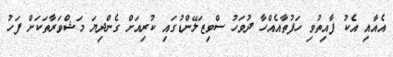
އެއާއި އެކު ފާއިތުވި ހަފުތާއެއްހާ ދުވަހު ސްވިޒަލޭންޑުގައި ކުރިއަށް ގެންދިޔަ މަޝްވަރާތަކަށް ފަހު